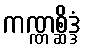
ကဏ္ဏစ္ဆိဒ္ဒံ